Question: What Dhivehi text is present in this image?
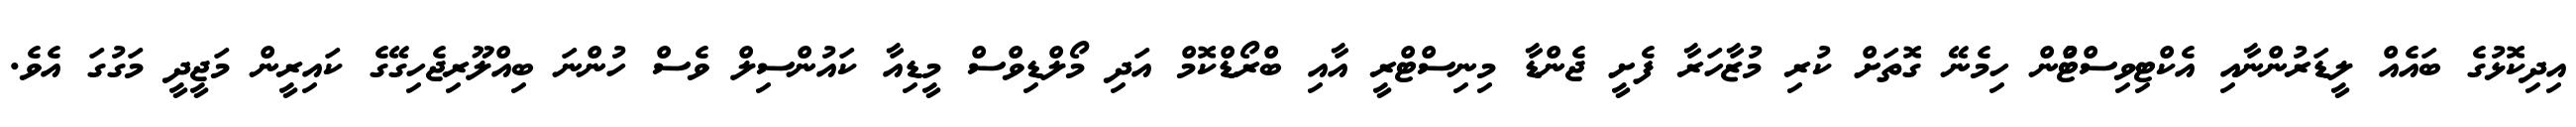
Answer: އިދިކޮޅުގެ ބައެއް ލީޑަރުންނާއި އެކްޓިވިސްޓްުން ހިމެނޭ ގޮތަށް ކުރި މުޒާހަރާ ފެށީ ޖެންޑާ މިނިސްޓްރީ އާއި ބްރޯޑްކޮމް އަދި މޯލްޑިވްސް މީޑިއާ ކައުންސިލް ވެސް ހުންނަ ބިއްލޫރިޖެހިގޭގެ ކައިރީން މަޖީދީ މަގުގަ އެވެ.